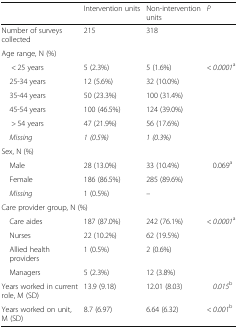
<table><thead><tr><td></td><td><b>Intervention units</b></td><td><b>Non-intervention units</b></td><td><b><i>P</i></b></td></tr></thead><tbody><tr><td>Number of surveys collected</td><td>215</td><td>318</td><td></td></tr><tr><td colspan="4">Age range, N (%)</td></tr><tr><td>&lt; 25 years</td><td>5 (2.3%)</td><td>5 (1.6%)</td><td rowspan="6">&lt; <i>0.0001</i><sup>a</sup></td></tr><tr><td> 25-34 years</td><td>12 (5.6%)</td><td>32 (10.0%)</td></tr><tr><td> 35-44 years</td><td>50 (23.3%)</td><td>100 (31.4%)</td></tr><tr><td> 45-54 years</td><td>100 (46.5%)</td><td>124 (39.0%)</td></tr><tr><td>&gt; 54 years</td><td>47 (21.9%)</td><td>56 (17.6%)</td></tr><tr><td> <i>Missing</i></td><td><i>1 (0.5%)</i></td><td><i>1 (0.3%)</i></td></tr><tr><td colspan="4">Sex, N (%)</td></tr><tr><td> Male</td><td>28 (13.0%)</td><td>33 (10.4%)</td><td rowspan="3">0.069<sup>a</sup></td></tr><tr><td> Female</td><td>186 (86.5%)</td><td>285 (89.6%)</td></tr><tr><td> <i>Missing</i></td><td>1 (0.5%)</td><td>–</td></tr><tr><td colspan="4">Care provider group, N (%)</td></tr><tr><td> Care aides</td><td>187 (87.0%)</td><td>242 (76.1%)</td><td rowspan="4">&lt; <i>0.0001</i><sup>a</sup></td></tr><tr><td> Nurses</td><td>22 (10.2%)</td><td>62 (19.5%)</td></tr><tr><td> Allied health providers</td><td>1 (0.5%)</td><td>2 (0.6%)</td></tr><tr><td> Managers</td><td>5 (2.3%)</td><td>12 (3.8%)</td></tr><tr><td>Years worked in current role, M (SD)</td><td>13.9 (9.18)</td><td>12.01 (8.03)</td><td><i>0.015</i><sup>b</sup></td></tr><tr><td>Years worked on unit, M (SD)</td><td>8.7 (6.97)</td><td>6.64 (6.32)</td><td>&lt; <i>0.001</i><sup>b</sup></td></tr></tbody></table>